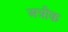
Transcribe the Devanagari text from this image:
अत्रीक